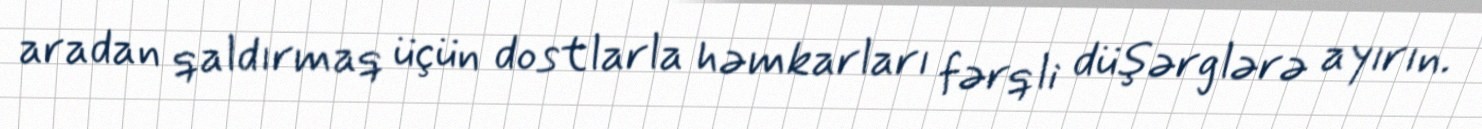
aradan qaldırmaq üçün dostlarla həmkarları fərqli düşərglərə ayırın.